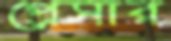
প্রেসার